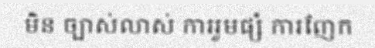
មិន ច្បាស់លាស់ ការរួមផ្សំ ការញែក